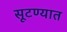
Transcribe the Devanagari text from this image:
सूटण्यात